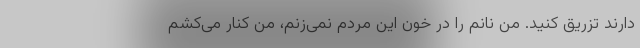
دارند تزریق کنید. من نانم را در خون این مردم نمی‌زنم، من کنار می‌کشم